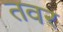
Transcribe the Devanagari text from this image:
तवर